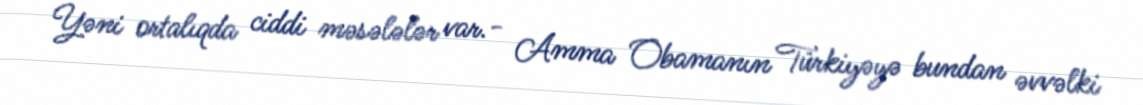
Yəni ortalıqda ciddi məsələlər var.- Amma Obamanın Türkiyəyə bundan əvvəlki